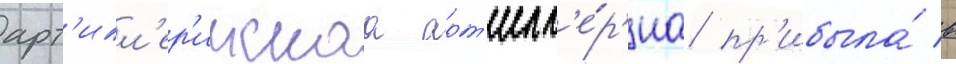
арт'илл'ер'иискаа арт'илл'е́р'иа пр'ибыла́ в